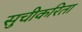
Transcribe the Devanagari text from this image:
सुचीकरिता